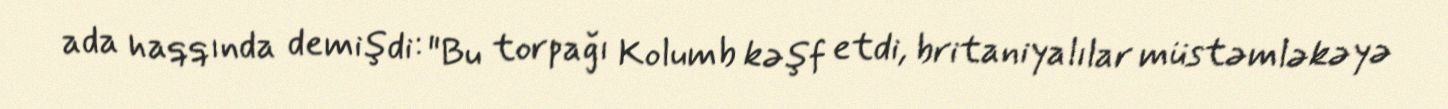
ada haqqında demişdi: "Bu torpağı Kolumb kəşf etdi, britaniyalılar müstəmləkəyə